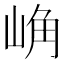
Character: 崅